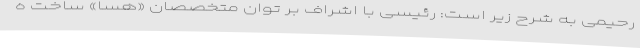
رحیمی به شرح زیر است: رئیسی با اشراف بر توان متخصصان «هسا» ساخت ه